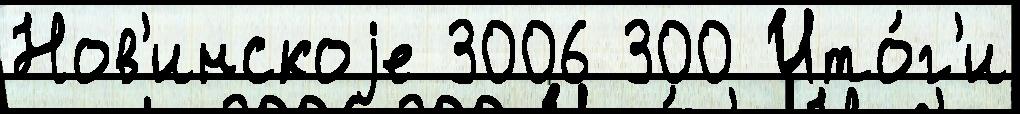
Нов'инскоjе 3006 300 Ито́г'и